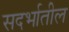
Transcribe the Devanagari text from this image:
सदर्भातील